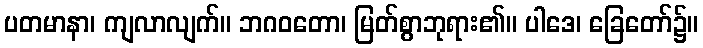
ပတမာနာ၊ ကျလာလျက်။ ဘဂဝတော၊ မြတ်စွာဘုရား၏။ ပါဒေ၊ ခြေတော်၌။